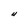
Character: U